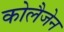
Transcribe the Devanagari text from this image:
कोलैजेन